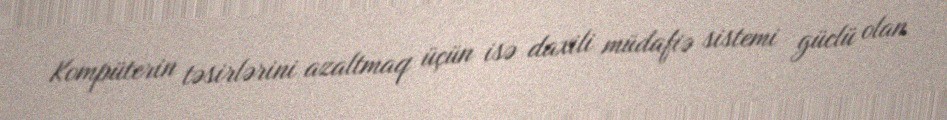
Kompüterin təsirlərini azaltmaq üçün isə daxili müdafiə sistemi güclü olan